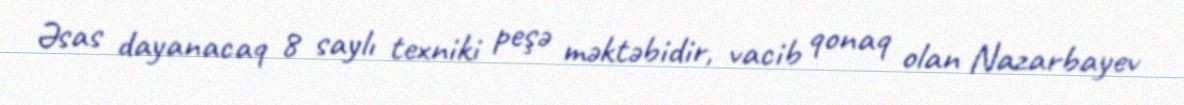
Əsas dayanacaq 8 saylı texniki peşə məktəbidir, vacib qonaq olan Nazarbayev